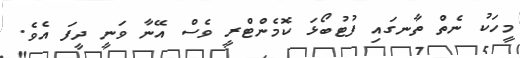
މީހަކު ނެތް ތާނގައި ފުޓުބޯޅަ ކޮމެންޓްރީ ވެސް އޭނާ ވަނީ ދީފަ އެވެ.